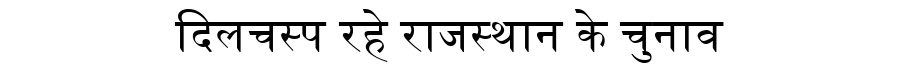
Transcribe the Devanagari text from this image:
दिलचस्प रहे राजस्थान के चुनाव